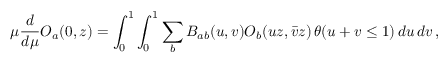
\mu \frac { d } { d \mu } { \cal O } _ { a } ( 0 , z ) = \int _ { 0 } ^ { 1 } \int _ { 0 } ^ { 1 } \sum _ { b } B _ { a b } ( u , v ) { \cal O } _ { b } ( u z , \bar { v } z ) \, \theta ( u + v \leq 1 ) \, d u \, d v \, ,